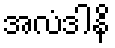
အလံဒါနိ